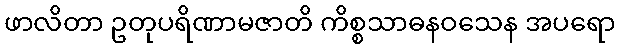
ဖာလိတာ ဥတုပရိဏာမဇာတိ ကိစ္စသာဓနဝသေန အပရော